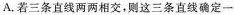
A.若三条直线两两相交，则这三条直线确定一